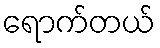
ရောက်တယ်